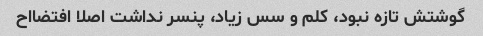
گوشتش تازه نبود، کلم و سس زیاد، پنسر نداشت اصلا افتضااح